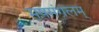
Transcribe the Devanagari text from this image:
मषमंगलम्